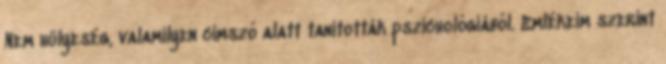
Nem hülyeség, valamilyen címszó alatt tanították pszichológiából. Emlékeim szerint